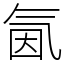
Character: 氤